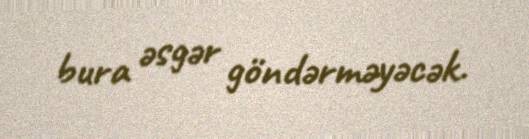
bura əsgər göndərməyəcək.